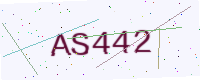
Text: AS442